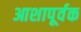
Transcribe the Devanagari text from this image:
आशापूर्वक